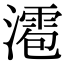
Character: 㵡